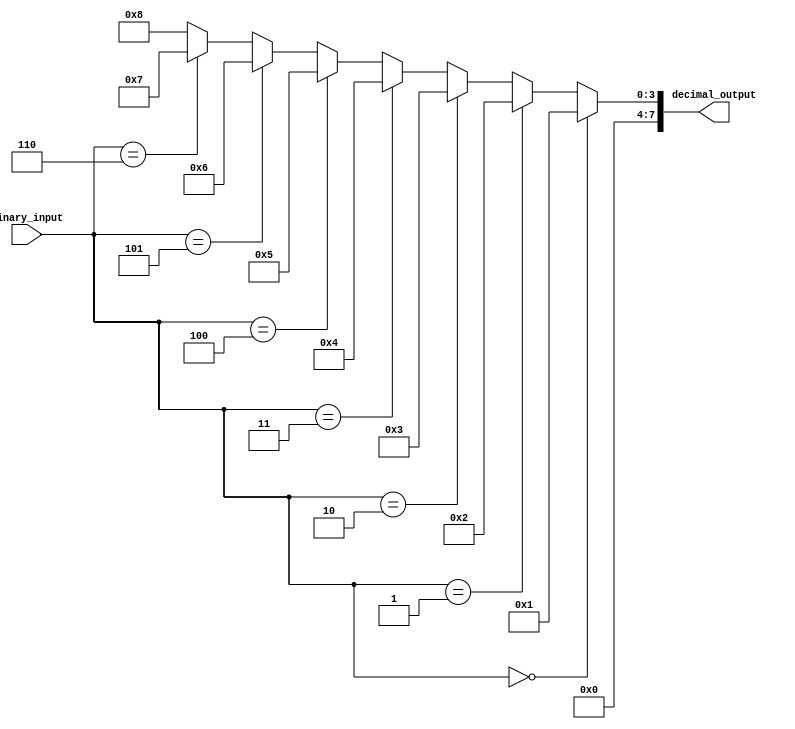
module decimal_decoder(
    input [N-1:0] binary_input,
    output [M-1:0] decimal_output
);

parameter N = 3;
parameter M = 2**N;

assign decimal_output = (binary_input == 3'b000) ? 4'b0001 :
                        (binary_input == 3'b001) ? 4'b0010 :
                        (binary_input == 3'b010) ? 4'b0011 :
                        (binary_input == 3'b011) ? 4'b0100 :
                        (binary_input == 3'b100) ? 4'b0101 :
                        (binary_input == 3'b101) ? 4'b0110 :
                        (binary_input == 3'b110) ? 4'b0111 :
                                                  4'b1000;

endmodule